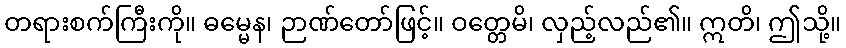
တရားစက်ကြီးကို။ ဓမ္မေန၊ ဉာဏ်တော်ဖြင့်။ ဝတ္တေမိ၊ လှည့်လည်၏။ ဣတိ၊ ဤသို့။